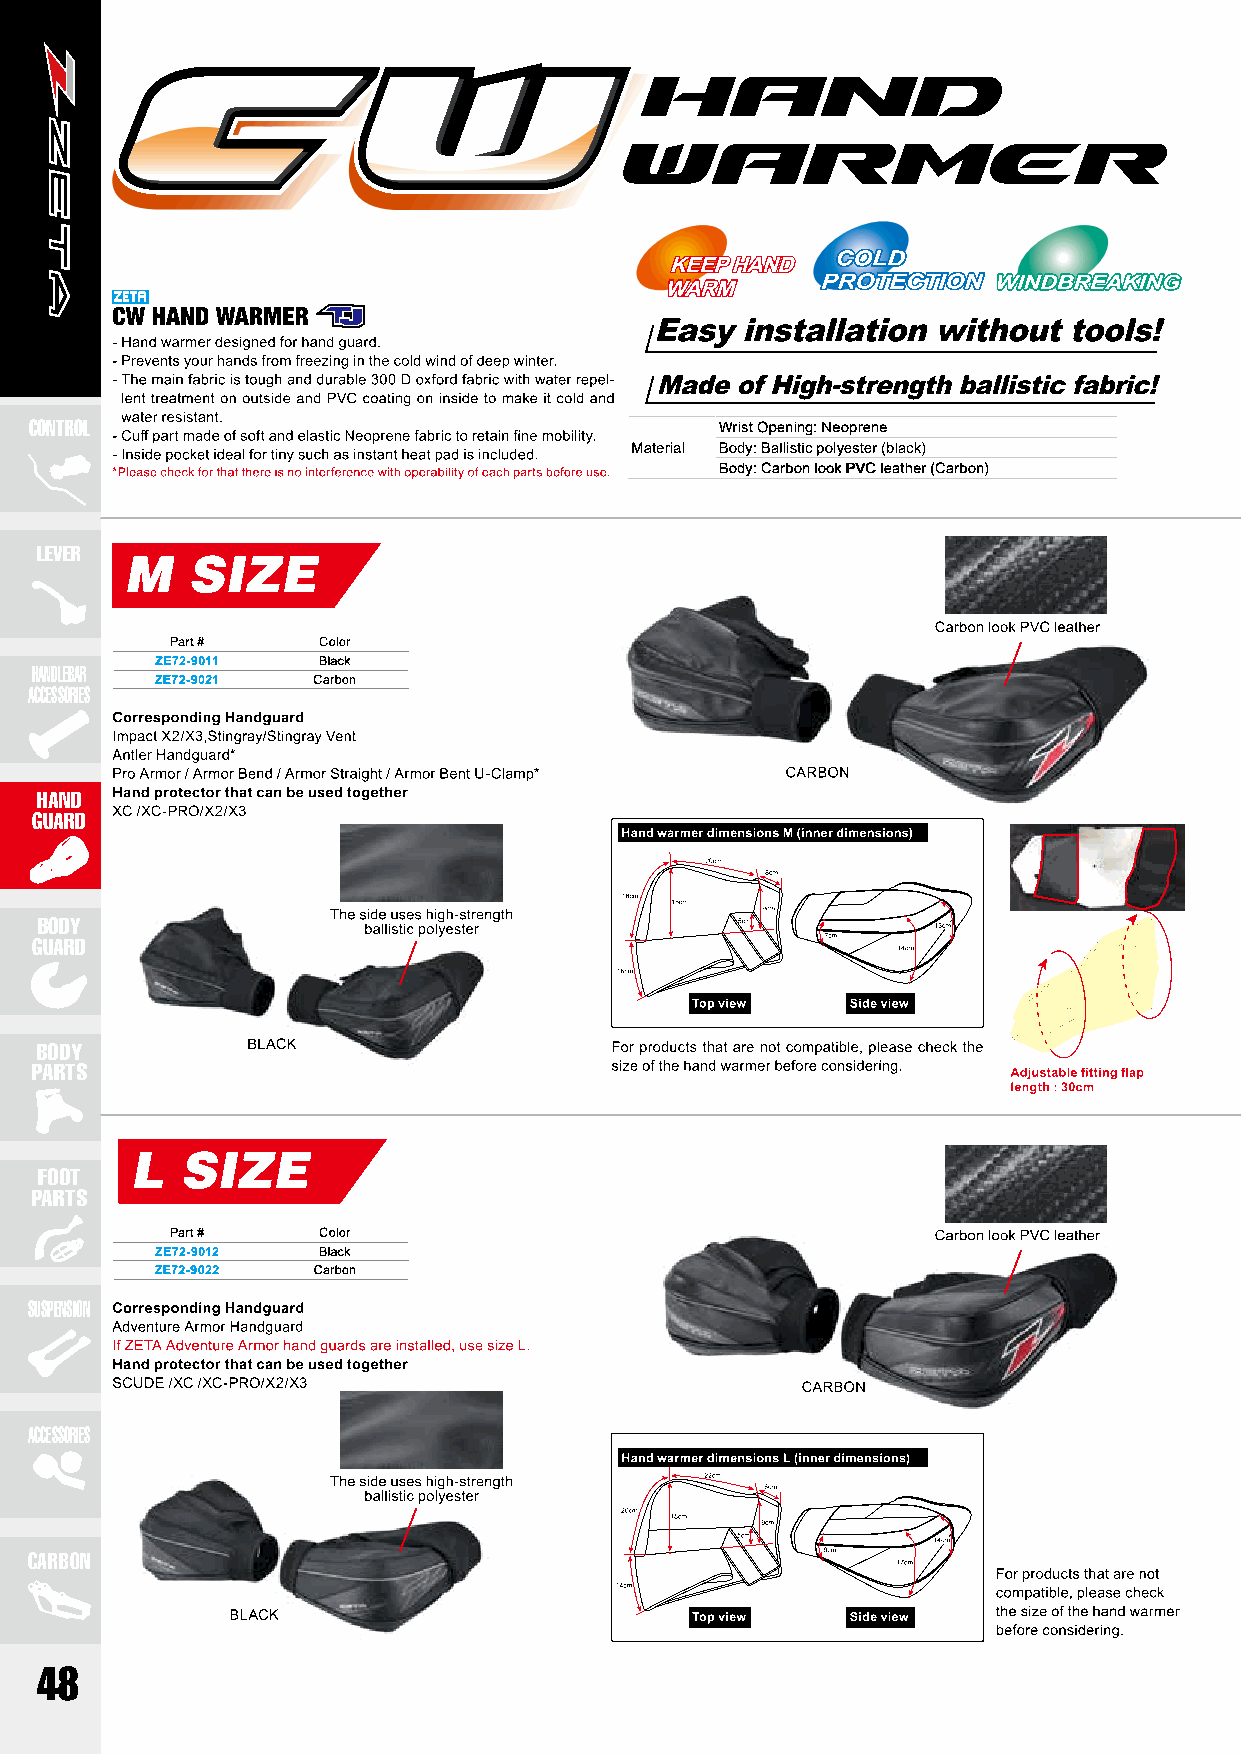
CONTROL                                       Wrist Opening: Neoprene
 Material Body: Ballistic polyester (black)
 Body: Carbon look PVC leather (Carbon)
 LEVER
 Part #    Color
 ZE72-9011  Black
 HANDLEBAR
 ZE72-9021  Carbon
 ACCESSORIES
 HAND
 GUARD
 BODY
 GUARD
 BODY
 PARTS
 FOOT
 PARTS
 Part #    Color
 ZE72-9012  Black
 ZE72-9022  Carbon
 SUSPENSION
 ACCESSORIES
 CARBON
 48